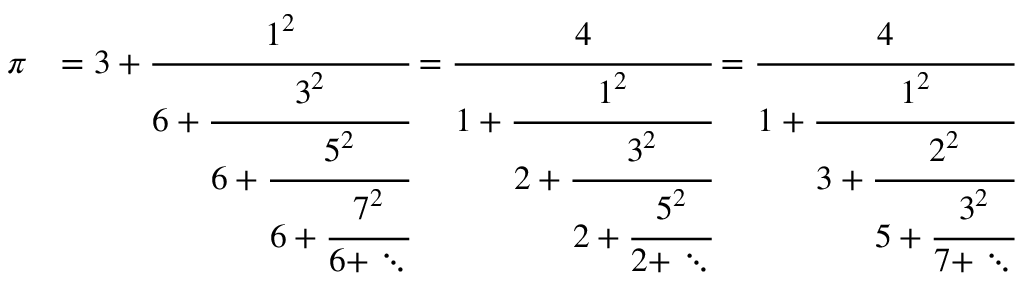
{ \begin{array} { r l } { \pi } & { = 3 + { \cfrac { 1 ^ { 2 } } { 6 + { \cfrac { 3 ^ { 2 } } { 6 + { \cfrac { 5 ^ { 2 } } { 6 + { \cfrac { 7 ^ { 2 } } { 6 + \ddots } } } } } } } } = { \cfrac { 4 } { 1 + { \cfrac { 1 ^ { 2 } } { 2 + { \cfrac { 3 ^ { 2 } } { 2 + { \cfrac { 5 ^ { 2 } } { 2 + \ddots } } } } } } } } = { \cfrac { 4 } { 1 + { \cfrac { 1 ^ { 2 } } { 3 + { \cfrac { 2 ^ { 2 } } { 5 + { \cfrac { 3 ^ { 2 } } { 7 + \ddots } } } } } } } } } \end{array} }